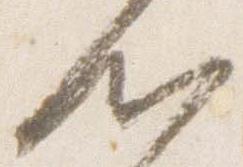
心